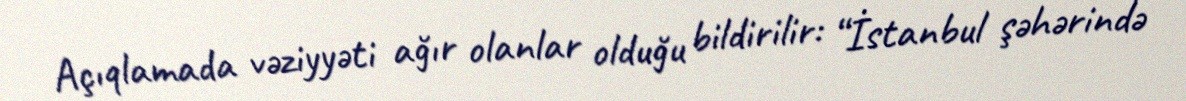
Açıqlamada vəziyyəti ağır olanlar olduğu bildirilir: “İstanbul şəhərində